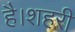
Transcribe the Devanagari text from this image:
है।शहरी